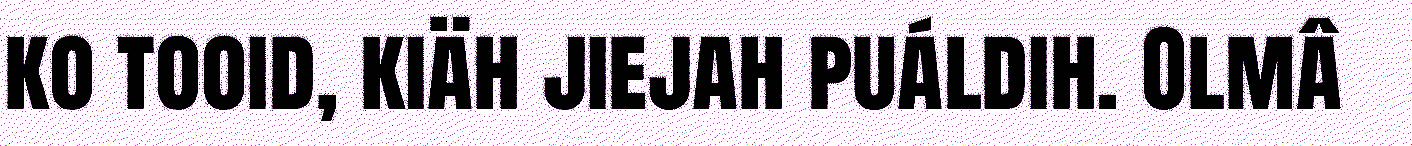
ko tooid, kiäh jiejah puáldih. Olmâ